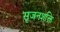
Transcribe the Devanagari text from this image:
सृजनशक्ति